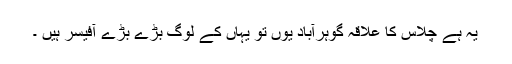
یہ ہے چلاس کا علاقہ گوہرآباد يوں تو يہاں کے لوگ بڑے بڑے آفيسر ہيں ۔